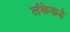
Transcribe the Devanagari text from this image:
लंकेकडे